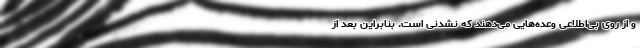
و از روی بی‌اطلاعی وعده‌هایی می‌دهند که نشدنی است. بنابراین بعد از